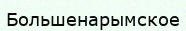
Большенарымское